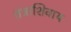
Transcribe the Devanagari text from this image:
तंत्राशिवाय